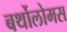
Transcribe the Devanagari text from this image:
बर्थोलोमस